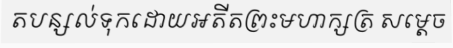
តបន្សល់ទុកដោយអតីតព្រះមហាក្សត្រ សម្តេច